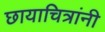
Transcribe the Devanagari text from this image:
छायाचित्रांनी